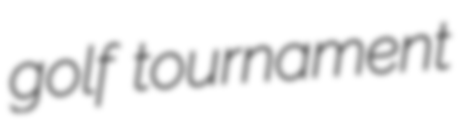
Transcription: golf tournament